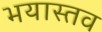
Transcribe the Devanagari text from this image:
भयास्तव